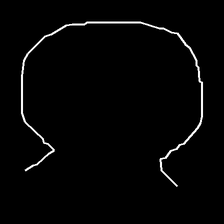
Glyph: weave